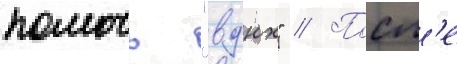
помочь "вднх" // Посл'е